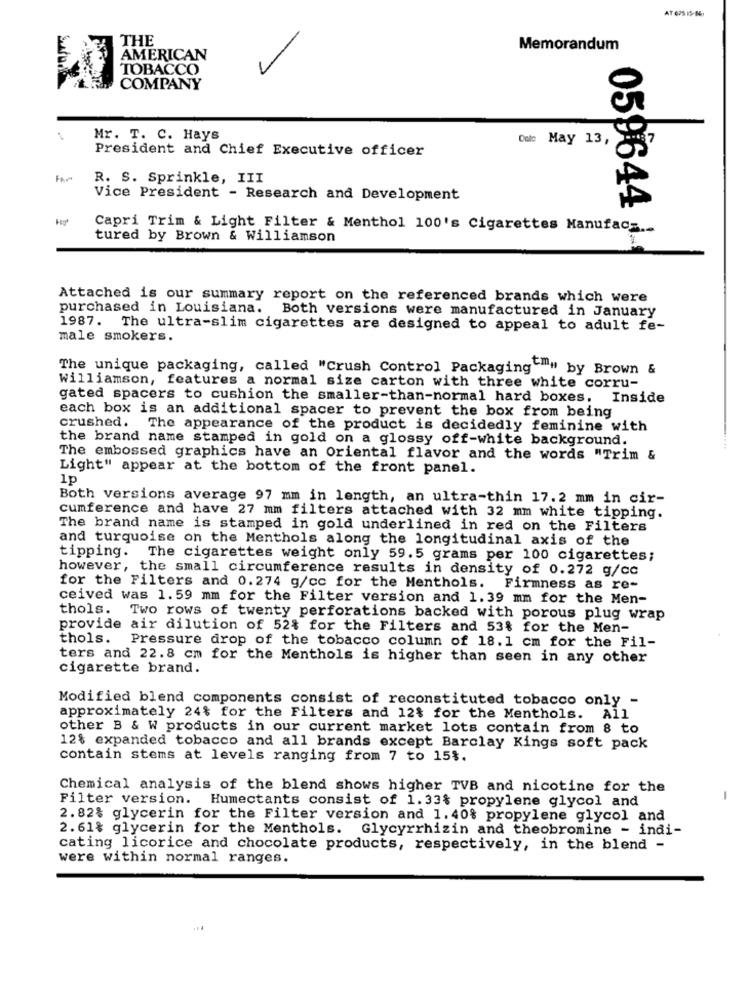
THE
Memorandum
AMERICAN
TOBACCO
COMPANY
Mr. T. C. Hays
Dole May 13,
President and Chief Executive officer
Far
R. S. Sprinkle, III
Vice President - Research and Development
059644
Capri Trim & Light Filter & Menthol 100's Cigarettes Manufac =..
tured by Brown & Williamson
Attached is our summary report on the referenced brands which were
purchased in Louisiana. Both versions were manufactured in January
1987. The ultra-slim cigarettes are designed to appeal to adult fe-
male smokers.
The unique packaging, called "Crush Control Packaging """ by Brown &
Williamson, features a normal size carton with three white corru-
gated spacers to cushion the smaller-than-normal hard boxes.
Inside
each box is an additional spacer to prevent the box from being
crushed. The appearance of the product is decidedly feminine with
the brand name stamped in gold on a glossy off-white background.
The embossed graphics have an Oriental flavor and the words "Trim &
Light" appear at the bottom of the front panel.
1p
Both versions average 97 mm in length, an ultra-thin 17.2 mm in cir-
cumference and have 27 mm filters attached with 32 mm white tipping.
The brand name is stamped in gold underlined in red on the Filters
and turquoise on the Menthols along the longitudinal axis of the
tipping.
The cigarettes weight only 59.5 grams per 100 cigarettes;
however, the small circumference results in density of 0.272 g/cc
for the Filters and 0.274 g/cc for the Menthols. Firmness as re-
ceived was 1.59 mm for the Filter version and 1.39 mm for the Men-
thols. Two rows of twenty perforations backed with porous plug wrap
provide air dilution of 52% for the Filters and 53% for the Men-
thols. Pressure drop of the tobacco column of 18. 1 cm for the Fil-
ters and 22.8 cm for the Menthols is higher than seen in any other
cigarette brand.
Modified blend components consist of reconstituted tobacco only -
approximately 24% for the Filters and 12% for the Menthols. All
other B & W products in our current market lots contain from 8 to
12% expanded tobacco and all brands except Barclay Kings soft pack
contain stems at levels ranging from 7 to 15%.
Chemical analysis of the blend shows higher TVB and nicotine for the
Filter version. Humectants consist of 1.33% propylene glycol and
-
2.82% glycerin for the Filter version and 1.40% propylene glycol and
2.61% glycerin for the Menthols. Glycyrrhizin and theobromine - indi-
cating licorice and chocolate products, respectively, in the blend -
were within normal ranges.